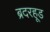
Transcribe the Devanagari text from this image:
ब्रदरहूड